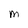
Character: M